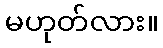
မဟုတ်လား။